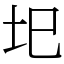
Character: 圯